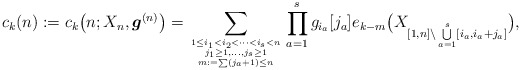
\begin{align*} c_k(n):=c_k\big(n;X_n,{\boldsymbol{g}}^{(n)}\big)=\sum_{{1 \le i_1 < i_2 < \cdots < i_s < n \atop j_1 \ge 1,\ldots, j_s \ge 1}\atop m:=\sum(j_a+1) \le n} \prod_{a=1}^{s}g_{i_a}[j_a]e_{k-m}\big(X_{[1,n] {\setminus} \bigcup\limits_{a=1}^{s} [i_a,i_a+j_a ]} \big),\end{align*}